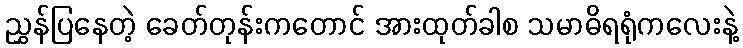
ညွှန်ပြနေတဲ့ ခေတ်တုန်းကတောင် အားထုတ်ခါစ သမာဓိရရုံကလေးနဲ့